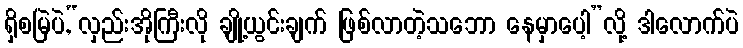
ရှိစမြဲပဲ,“လှည်းအိုကြီးလို ချို့ယွင်းချက် ဖြစ်လာတဲ့သဘော နေမှာပေါ့”လို့ ဒါလောက်ပဲ